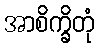
အာစိက္ခိတုံ